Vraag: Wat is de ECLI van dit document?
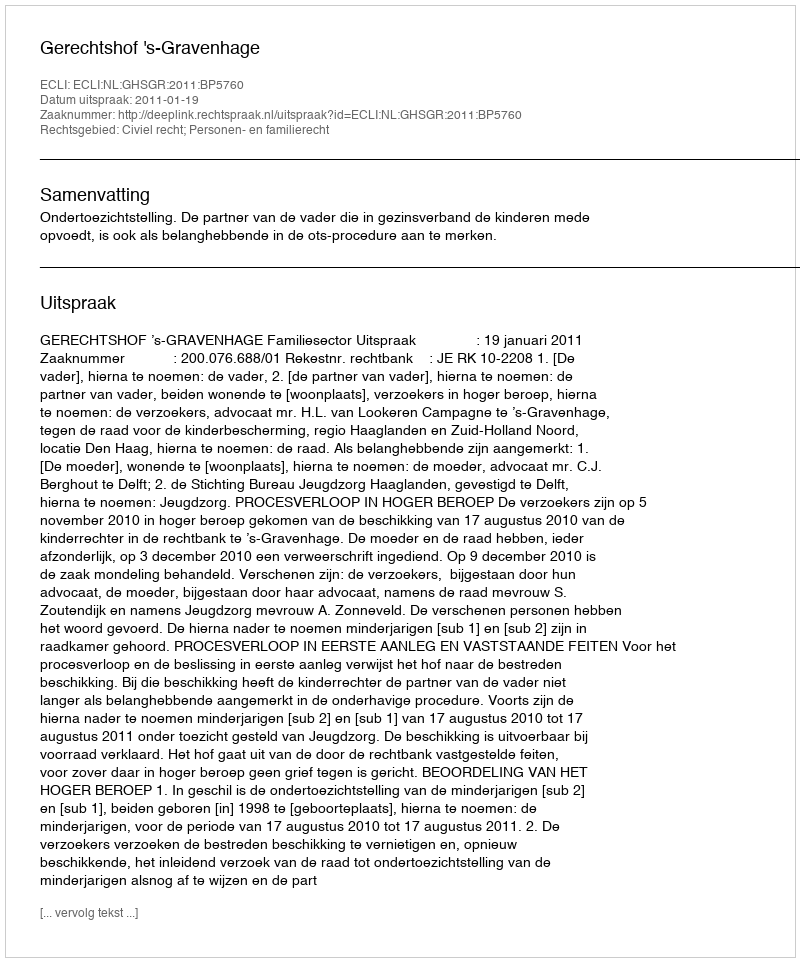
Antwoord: ECLI:NL:GHSGR:2011:BP5760